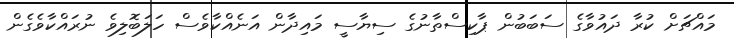
މައްޗަށް ކުރާ ދައުވާގެ ސަބަބުން ޕާކިސްތާނުގެ ސިޔާސީ މައިދާން އަނެއްކާވެސް ހަލަބޮލިވެ ނުރައްކާވެގެން